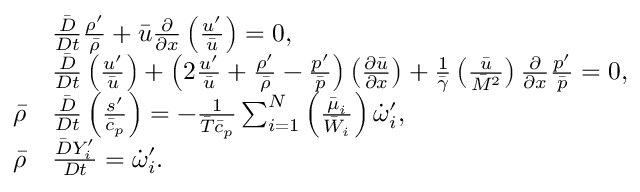
\begin{array} { r l } & { \frac { \bar { D } } { D t } \frac { \rho ^ { \prime } } { \bar { \rho } } + \bar { u } \frac { \partial } { \partial x } \left( \frac { u ^ { \prime } } { \bar { u } } \right) = 0 , } \\ & { \frac { \bar { D } } { D t } \left( \frac { u ^ { \prime } } { \bar { u } } \right) + \left( 2 \frac { u ^ { \prime } } { \bar { u } } + \frac { \rho ^ { \prime } } { \bar { \rho } } - \frac { p ^ { \prime } } { \bar { p } } \right) \left( \frac { \partial \bar { u } } { \partial x } \right) + \frac { 1 } { \bar { \gamma } } \left( \frac { \bar { u } } { \bar { M } ^ { 2 } } \right) \frac { \partial } { \partial x } \frac { p ^ { \prime } } { \bar { p } } = 0 , } \\ { \bar { \rho } } & { \frac { \bar { D } } { D t } \left( \frac { s ^ { \prime } } { \bar { c } _ { p } } \right) = - \frac { 1 } { \bar { T } \bar { c } _ { p } } \sum _ { i = 1 } ^ { N } \left( \frac { \bar { \mu } _ { i } } { \bar { W } _ { i } } \right) \dot { \omega } _ { i } ^ { \prime } , } \\ { \bar { \rho } } & { \frac { \bar { D } Y _ { i } ^ { \prime } } { D t } = { \Dot \omega _ { i } ^ { \prime } } . } \end{array}